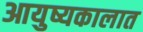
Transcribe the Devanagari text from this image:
आयुष्यकालात